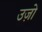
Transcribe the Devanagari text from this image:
उज़ो